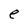
Character: e